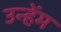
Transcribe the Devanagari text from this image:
उन्हेंम